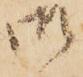
御